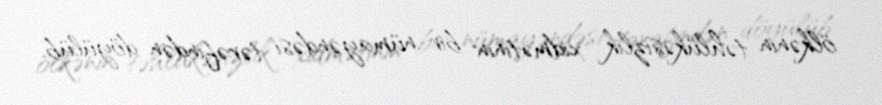
ölkənin təhlükəsizlik xidmətinin bir nümayəndəsi tərəfindən döyülüb.